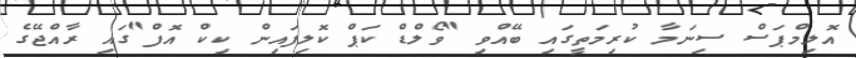
އޮލިމްޕަސް ސިނަމާ ކުރިމަތީގައި ބޭއްވި "ވޯލްޑް ކަޕް ކޮލިފައިން ކިކް އޮފް"ގައި ރާއްޖޭގެ